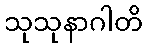
သုသုနာဂါတိ